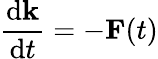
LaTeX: \frac{\mathrm{d}\textbf{k}}{\mathrm{d}t}=-\textbf{F}(t)